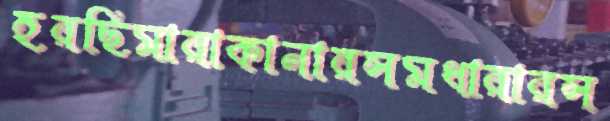
হরছিমারাকানারসমধারারস